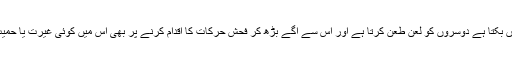
وہ زبان سے گالیاں بکتا ہے دوسروں کو لعن طعن کرتا ہے اور اس سے آگے بڑھ کر فحش حرکات کا اقدام کرنے پر بھی اُس میں کوئی غیرت یا حمیت باقی نہیں رہتی۔